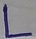
Text: L